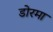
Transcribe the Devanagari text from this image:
डोरमा